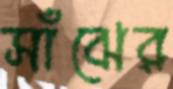
সাঁঝের